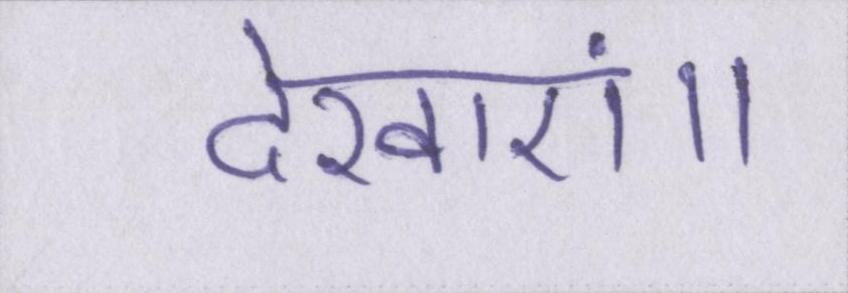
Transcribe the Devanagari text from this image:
देखाएं॥